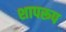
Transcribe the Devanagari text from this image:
शापरूप